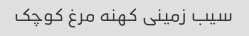
سیب زمینی کهنه مرغ کوچک